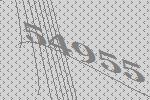
54955